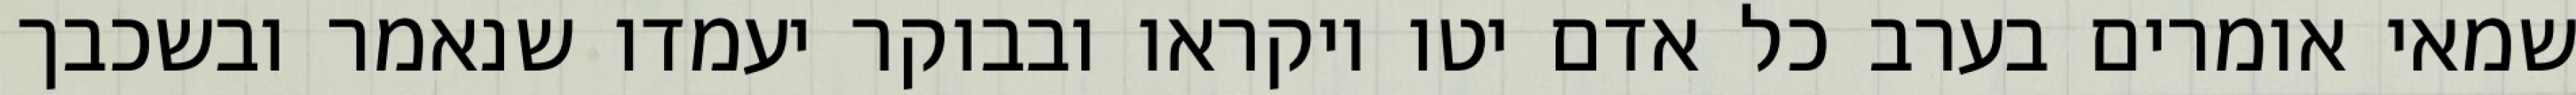
שמאי אומרים בערב כל אדם יטו ויקראו ובבוקר יעמדו שנאמר ובשכבך